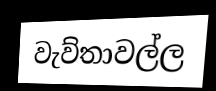
වැව්තාවල්ල